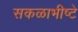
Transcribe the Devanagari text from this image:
सकळाभीष्टे